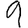
Digit: 9